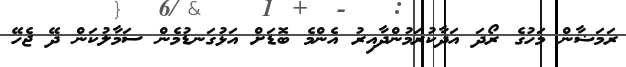
ރަމަޟާން މަހުގެ ރޯދަ އަދާކުރަމުންދާއިރު އެންމެ ބޮޑަށް އަޅުގަނޑުމެން ސަމާލުކަން ދޭ ޖެހޭ